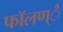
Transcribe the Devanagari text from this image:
फाॅलण्ै